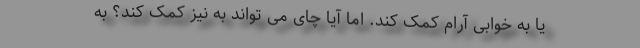
یا به خوابی آرام کمک کند. اما آیا چای می تواند به نیز کمک کند؟ به